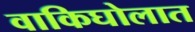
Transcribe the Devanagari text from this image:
वाकिघोलात